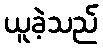
ယူခဲ့သည်